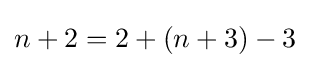
n+2=2+(n+3)-3